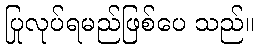
ပြုလုပ်ရမည်ဖြစ်ပေ သည်။